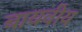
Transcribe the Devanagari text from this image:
बायवीय